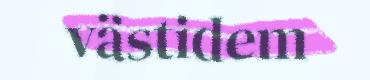
västidem